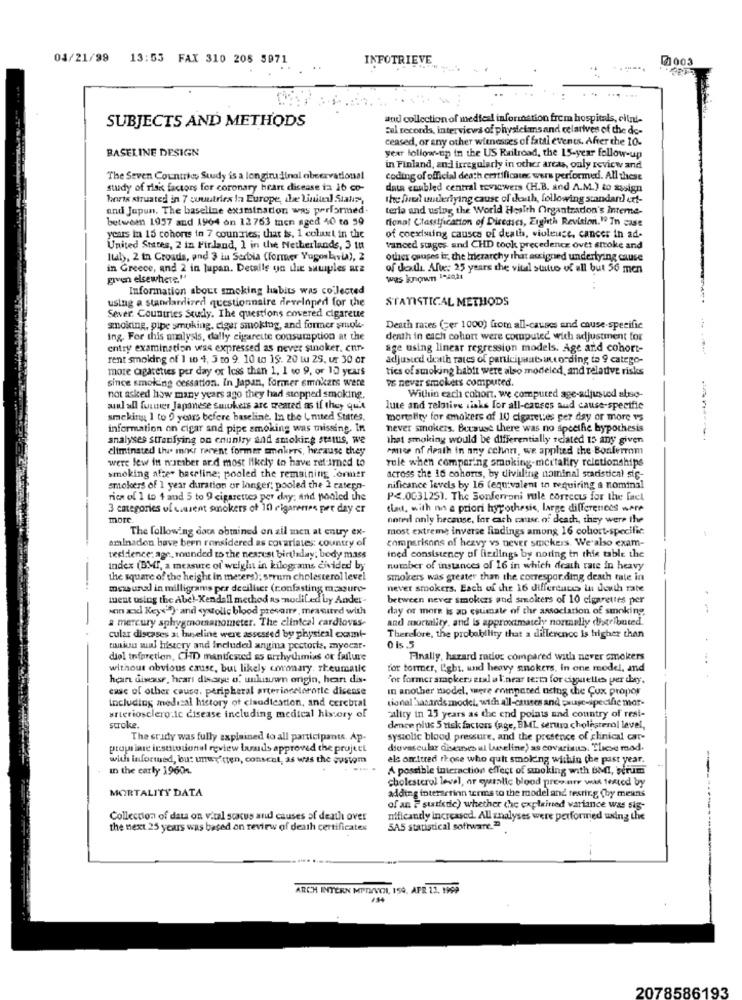
04/21/99 13:55 FAX 310 208 5971
INFOTRIEVE
@1003
---
SUBJECTS AND METHODS
and collection of medical information frem hospitals, elini-
Fel records, interviews of phystet msand relatives of the de-
ceased, or any other witnesses of fatal events. After the 10.
BASELINE DESIGN
year follow-up in the US Railroad, the 15-year follow-up
in Finland, and] irregularly in other areas, only review and
The Seven Countries Study is a longitudinal observational
coding of official death certificate wers performed. All these
study of risk factors for coronary heart disease ta ib co-
data enabled central reviewers (H.B. and A.M.) to assign
boris struated in 7 countries in Europe, ihre Liniul Stak",
the fue wwleriying cause of thath, following standard ert-
and Japun. The baseline examination was performed.
teria and using the World Health Organizadon's Interne-
between 1957 and 1964 on 12763 men aged 40 to 59
Honof Classification of Diseases, Eighth Revision." In case
years in 15 cohorts in 7 countries; that is, 1 colui in the
of coexisting causca of death, violence, cancer in ad-
United States, 2 in Finland, 1 in the Netherlands, 3 tu
vanced stages and CHD took precedence over stoke and
Italy, 2 tn Croads, and 3 iu Serbia (former Yugoslavia), 2
other opuges ir, the hierarchy that assigned underlying cause
in Greece, and 2 in lupan. Details ya thie sauiples are
of death Alle: 25 years the vital stutto of all but 56 men
given elsewhere."
was known 1-4021
Information about smoking habits was collected
using a standardized questionnaire developed for the
STATISTICAL METHODS
Sever. Countries Study. The questions covered cigareue
smoking, pipe smoking, ciger smoking, and former sruok
Death rates (=er 1000) from all-causes and cause-specific
ing. For this analysis, dally cigarette consumption at the
death in each cohort were computed with adjustment for
entry examination was expressed as never sinoker. cnn
age using linear regression models. Age and cohort-
rent smolding of 1 to 4, 5 to 9. 10 to 15. 20 tu 25. ur 30 or
adjusted death rates of participants according to 9 catego-
more cigarettes per day or less than 1, 1 so 9, or 10 years
tics of smoking habit were also modeled, and relative risks
since smoking cessation. In Japan, former smokers were
vs nevar smokets computed.
not asked how many years ago they had stopped smoking.
Within each cohort. we computed age-adjusted also-
aul all former Japanese smokers are treated as if they qu'il
lute and relative risks for all-causes aud cause-specific
smoking 1 to 5 years before baseline. In the Lmted States.
mortality for amakers af 10 cigarettes per day or more 15
information on cigar and pipe smoking was missing. In
never smokers. Because there was no speethe hypothesis
analyses stratifying on country and smoking status, we
that smoking would be differentially related to any given
eliminated the inner recent former smokers, herause they
rmice of death in any cchon, we applied the Bonferrom
were few in nosciber ard most likely to have ret-irned to
rule when comparing smoking-mortality relationships
smoking afte" baseline; pooled the remaining Tonner
across the 16 cohorts, by diviling nominal statistical sig-
smokers of 1 year duration or langer; pooled the 2 catern-
nificance levels by 16 (equivalent to requiring a nominal
rica of 1 to 4 and 5 to 9 cigarettes per day; and pooled the
P <. 003125). The Sonferroni rule corrects for the fact
3 categories of cissent smokers of 10 rigarenes per day er
chat, with no a priori hypothesis, large differences were
more.
noted only hecause, far cach cause of death, they were the
The following data obtained on zil men at entry ex-
most extreme inverse findings among 16 cohort-specific
aminadon have been ronsidered as covariates: country of
comparisons of heavy vs never smokers. We'also exam-
tedidience: age, rounded to the nearest birthday; body mass
ined consistency of firdings by noring in this table the
index (BMI, a measure of weight in kilograms divided by
number of instances of 16 in which death rate in heavy
the square of the height in mesers): serum cholesterol level
smokers was greater than the corresponding death tale in
mewunal in milligrams per deciliter (ronfasting masure-
never smokers. Each of the 16 differences lu death rate
ment using the abel-Kendall method as modiLed by Ander-
between never smokers and smokers of 10 cigarettes per
won acid Keys" ) and systolic blood presane, measured with
day or more is an estimate of the association of smoking
-
a mercury sphygmomanometer. The clinical cardiovas-
and mortality, and is approximately normally distributed.
cular discases a: Inneline were assessed by physical examt-
Therefore, the probability that a difference is higher than
"union wul history and Included angina pectoris, myocar-
diol infarction, CHD manifested ss arrhythmias or failure
Finally, hazard rados compared with never smokers
...
without obvious cause, but likely coronary, rheumatic
for tormer, l'ght, und heavy snokers, in one model, and
heart disease, hearı disarye o. uulusuwn origin, hear dis-
For former smokers ztal a l'near term for ciguelles per they.
case of other cause. peripheral arteriocelorotle dicesse
In another model, were eninpared using the Cux propor
including medical history of claudication, and cerebral
tionel'hasards model, with all-causes and gauge-specific mor-
wrieriosclero:ic disease including medical history of
aility in 25 years as the end points and country of resi-
stroke.
dence plus 5 risk factors (age, BML seruma cholesterol level,
The sridy was fully explained to all participants. Ap-
systolic blood pressure, and the presence of clinical car-
propriate iestudonul review loads approved the project
diovascular diseases ul baseline) as covarinus. These mod.
with informed, bu: unwy'ten, consent, as was the custom
els omitted those who quit smoking within the past year.
-
in the early 19604.
A possible interaction effect of smoking with BMI, Forums
cholesterol level, ar syatalic blood preware was tested by
MORTALITY DATA
adding intersefinn terms to the model and testing (by means
of an ? statistic) whether the explained variance was sig-
Collection of data on vital scxcus and causes of death over
nificandy increased. All analyses were performed using the
the next 25 years was based on review of death certificates
5A5 statistical software."
ARCH INTERN MIDIVOL, 150. APR 12. 1999
2078586193